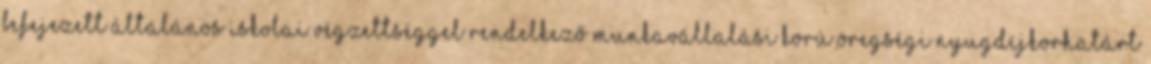
befejezett általános iskolai végzettséggel rendelkező munkavállalási korú öregségi nyugdíjkorhatárt